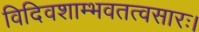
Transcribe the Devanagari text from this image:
विदिवशाम्भवतत्वसारः।